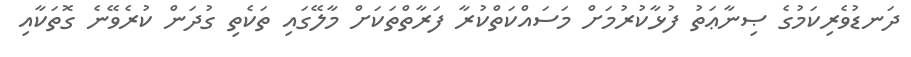
ދަނޑުވެރިކަމުގެ ޞިނާޢަތު ފުޅާކުރުމަށް މަސައްކަތްކުރާ ފަރާތްތަކަށް މާލޭގައި ތަކެތި ގުދަން ކުރެވޭނެ ގޮތަކާއި